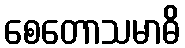
စေတောသမာဓိ